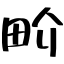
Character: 畍